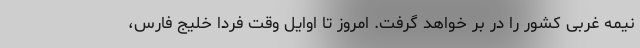
نیمه غربی کشور را در بر خواهد گرفت. امروز تا اوایل وقت فردا خلیج فارس،